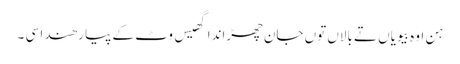
ہن اوہ بیویاں تے بالاں توں جان چھڑاندا گھیس وٹ کے پیا رھندا سی ۔